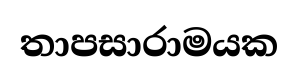
තාපසාරාමයක